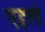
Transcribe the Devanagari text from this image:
एइलो